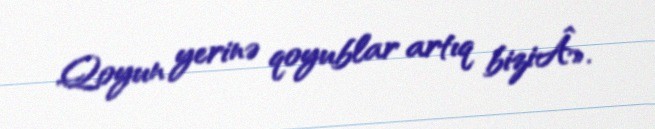
Qoyun yerinə qoyublar artıq biziÂ».